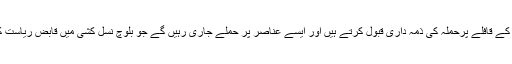
ثناء اللہ کے کارندوں کے قافلے پرحملہ کی ذمہ داری قبول کرتے ہیں اور ایسے عناصر پر حملے جاری رہیں گے جو بلوچ نسل کشی میں قابض ریاست کا ساتھ دے رہے ہیں۔